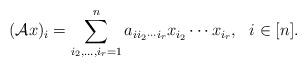
LaTeX: \begin{align*}(\mathcal{A}x)_i=\sum_{i_2,\ldots,i_r=1}^na_{ii_2\cdots i_r}x_{i_2}\cdots x_{i_r},~~i\in [n].\end{align*}